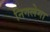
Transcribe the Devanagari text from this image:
निगलेगा